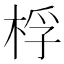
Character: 桴